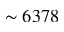
\sim 6 3 7 8